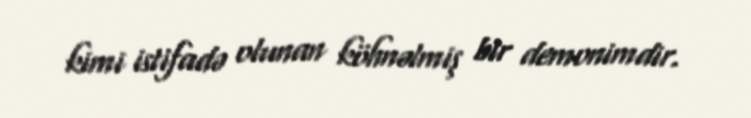
kimi istifadə olunan köhnəlmiş bir demonimdir.